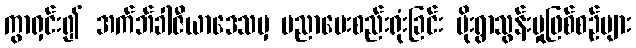
ကွာရှင်း၍ အက်ဘ်ခါဇီယာဒေသမှ ပညာပေးစည်းရုံးခြင်း မိုးရွာသွန်းမှုဖြစ်စဉ်များ